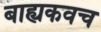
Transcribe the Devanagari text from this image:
बाह्यकवच